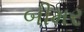
બીમર